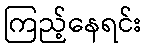
ကြည့်နေရင်း